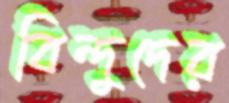
বিন্দুদের